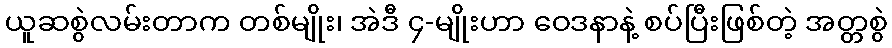
ယူဆစွဲလမ်းတာက တစ်မျိုး၊ အဲဒီ ၄-မျိုးဟာ ဝေဒနာနဲ့ စပ်ပြီးဖြစ်တဲ့ အတ္တစွဲ